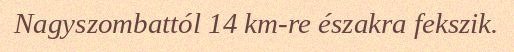
Nagyszombattól 14 km-re északra fekszik.